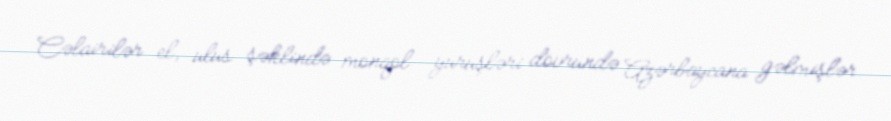
Cəlairilər el, ulus şəklində monqol yürüşləri dövründə Azərbaycana gəlmişlər.